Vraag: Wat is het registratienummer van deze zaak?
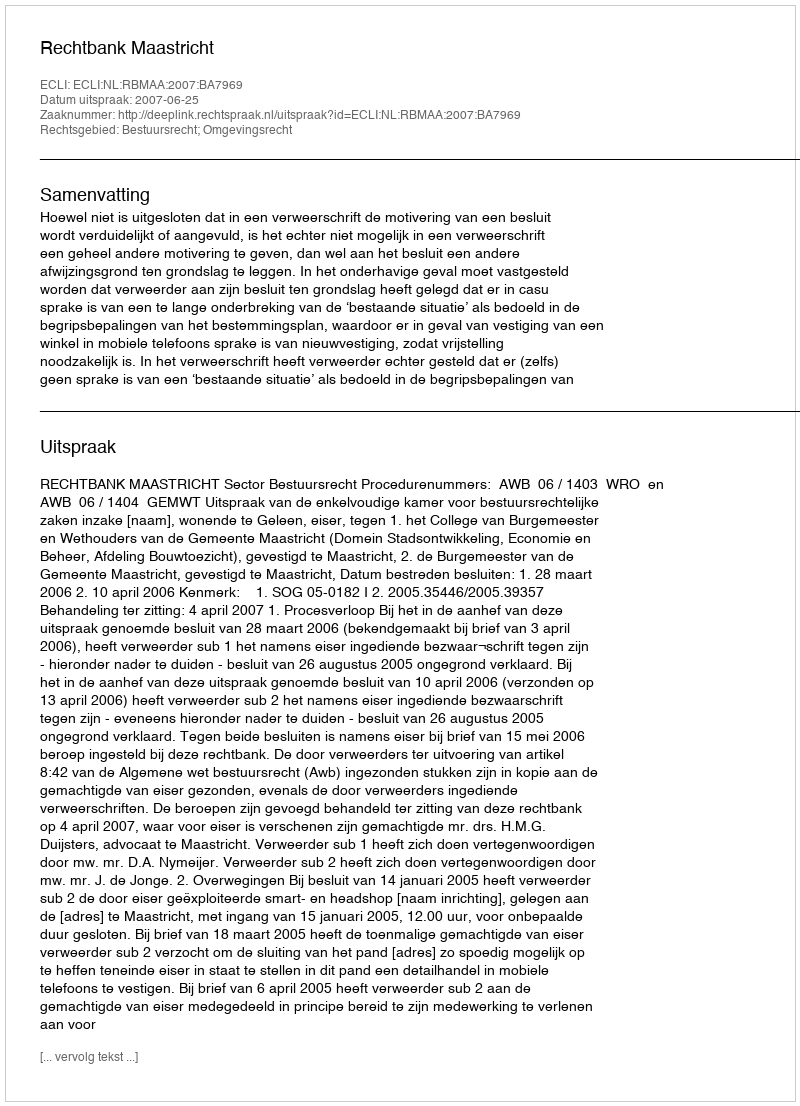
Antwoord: http://deeplink.rechtspraak.nl/uitspraak?id=ECLI:NL:RBMAA:2007:BA7969